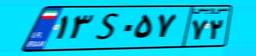
۱۰S۲۸۷۱۹